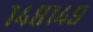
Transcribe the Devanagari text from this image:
१४८१४९